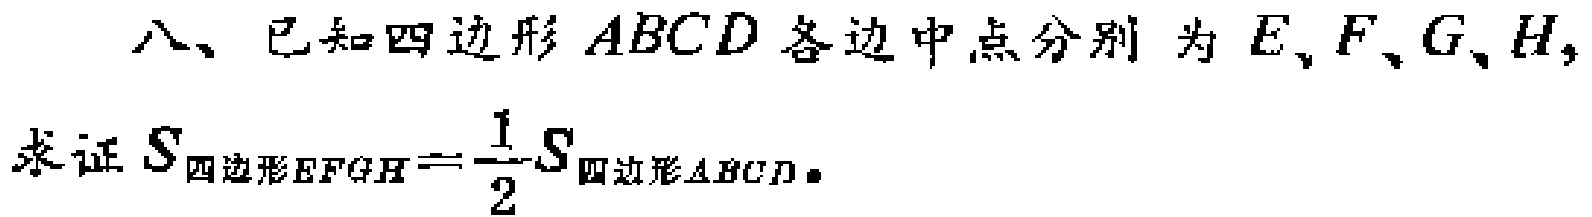
八、已知四边形 \(ABCD\) 各边中点分别为 \(E,F,G,H\)，
求证 \(S_{四边形EFGH}=\frac{1}{2}S_{四边形ABCD}\)。